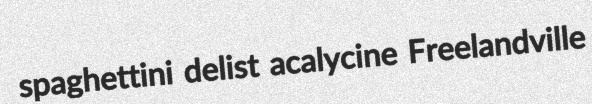
spaghettini delist acalycine Freelandville